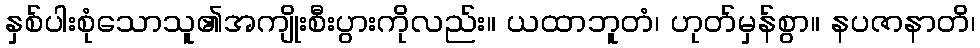
နှစ်ပါးစုံသောသူ၏အကျိုးစီးပွားကိုလည်း။ ယထာဘူတံ၊ ဟုတ်မှန်စွာ။ နပဇာနာတိ၊